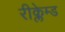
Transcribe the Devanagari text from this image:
रीक्लेम्ड